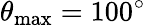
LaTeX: \theta_{\mathrm{max}}=100^{\circ}